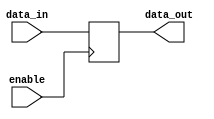
module enable_latch (
    input wire data_in,
    input wire enable,
    output reg data_out
);

always @(posedge enable)
begin
    if (enable) begin
        data_out <= data_in;
    end
end

endmodule